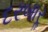
દરબારૢ